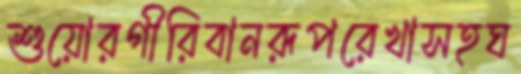
শুয়োরগীরিবানরূপরেখাসহঘ